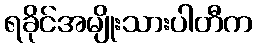
ရခိုင်အမျိုးသားပါတီက